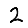
Digit: 2